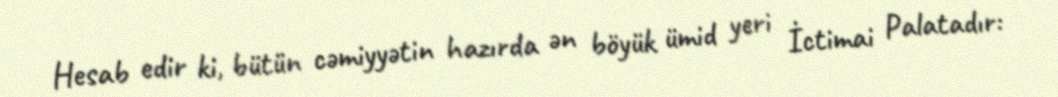
Hesab edir ki, bütün cəmiyyətin hazırda ən böyük ümid yeri İctimai Palatadır: